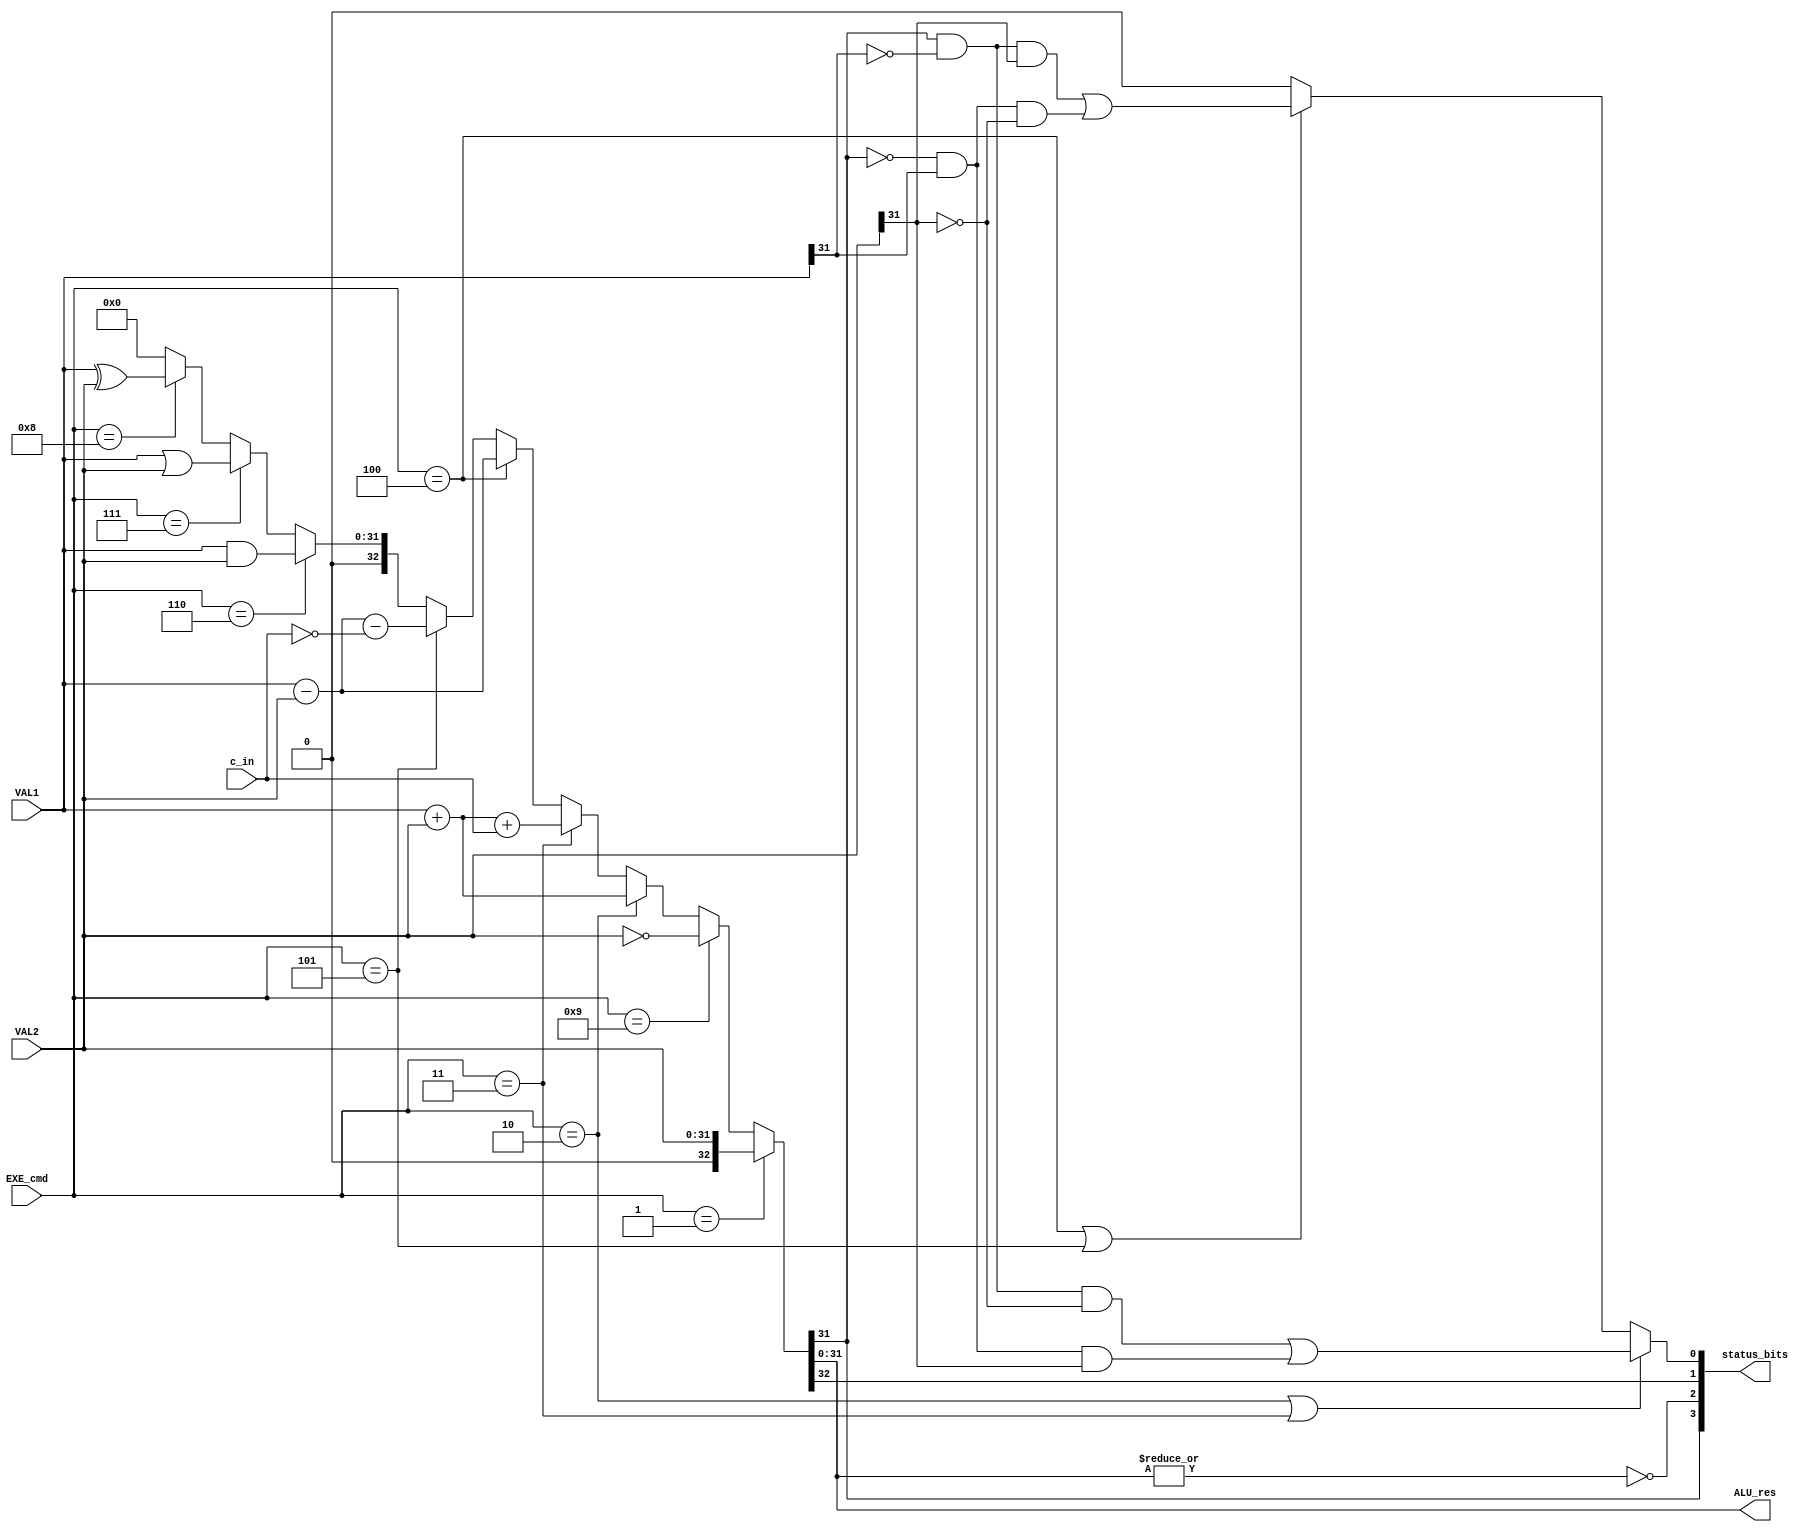
module ALU (
    VAL1,
    VAL2,
    EXE_cmd,
    c_in,
    ALU_res,
    status_bits
);
    input[31:0] VAL1;
    input[31:0] VAL2;
    input[3:0] EXE_cmd;
    input c_in;
    output[31:0] ALU_res;
    output[3:0] status_bits;

    wire N, Z, C, V;
    assign status_bits = {N, Z, C, V};
    assign {C, ALU_res}=(EXE_cmd == 4'b0001) ? VAL2:
                        (EXE_cmd == 4'b1001) ? ~VAL2:
                        (EXE_cmd == 4'b0010) ? VAL1 + VAL2:
                        (EXE_cmd == 4'b0011) ? VAL1 + VAL2 + c_in:
                        (EXE_cmd == 4'b0100) ? VAL1 - VAL2:
                        (EXE_cmd == 4'b0101) ? VAL1 - VAL2 - {31'b0, ~c_in}:
                        (EXE_cmd == 4'b0110) ? VAL1 & VAL2:
                        (EXE_cmd == 4'b0111) ? VAL1 | VAL2:
                        (EXE_cmd == 4'b1000) ? VAL1 ^ VAL2:
                        33'b0;
                        
    assign Z = ~(|ALU_res);
    assign N = ALU_res[31];
    assign V =  (EXE_cmd == 4'b0010 || EXE_cmd == 4'b0011) ? 
                ((ALU_res[31] & ~VAL1[31] & ~VAL2[31]) || (~ALU_res[31] & VAL1[31] & VAL2[31])):
                (EXE_cmd == 4'b0100 || EXE_cmd == 4'b0101) ?
                ((ALU_res[31] & ~VAL1[31] & VAL2[31]) || (~ALU_res[31] & VAL1[31] & ~VAL2[31])):
                1'b0;                      
  
endmodule